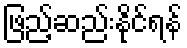
ဖြည့်ဆည်းနိုင်ရန်